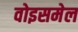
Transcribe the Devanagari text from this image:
वोइसमेल